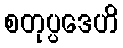
စတုပ္ပဒေဟိ